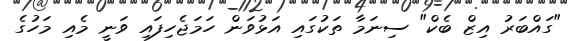
"ގައްބަރު އިޒް ބެކް" ސިނަމާ ތަކުގައި އަޅުވަން ހަމަޖެހިފައި ވަނީ މެއި މަހުގެ